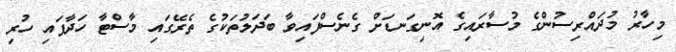
މިހާރު މުދައްރިސުންގެ މުސާރައިގެ އޮނިގަނޑަށް ގެނެސްފައިވާ ބަދަލުތަކުގެ ތެރޭގައި މާސްޓާ ހަދާފައި ހުރި